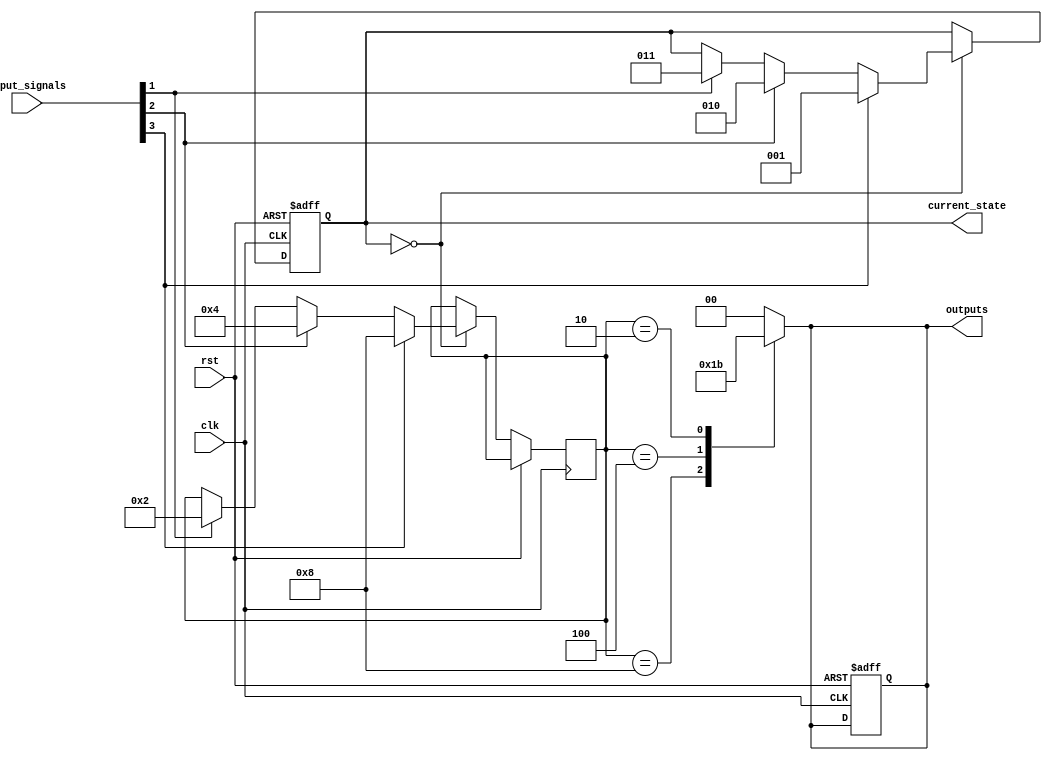
module state_machine (
    input wire clk,
    input wire rst,
    input wire [3:0] input_signals,
    output reg [2:0] current_state,
    output reg [1:0] outputs
);

parameter S0 = 3'b000;
parameter S1 = 3'b001;
parameter S2 = 3'b010;
parameter S3 = 3'b011;

reg [3:0] priority_encoded_input;

always @ (posedge clk or posedge rst) begin
    if (rst) begin
        current_state <= S0;
        outputs <= 2'b00;
    end else begin
        case (current_state)
            S0: begin
                if (input_signals[3] == 1) begin
                    priority_encoded_input <= 4'b1000;
                    current_state <= S1;
                end else if (input_signals[2] == 1) begin
                    priority_encoded_input <= 4'b0100;
                    current_state <= S2;
                end else if (input_signals[1] == 1) begin
                    priority_encoded_input <= 4'b0010;
                    current_state <= S3;
                end
            end
            
            S1: begin
                // define state transitions based on input signals
            end
            
            S2: begin
                // define state transitions based on input signals
            end
            
            S3: begin
                // define state transitions based on input signals
            end
        endcase
    end
end

always @ (*) begin
    case (priority_encoded_input)
        4'b1000: outputs <= 2'b01;
        4'b0100: outputs <= 2'b10;
        4'b0010: outputs <= 2'b11;
        default: outputs <= 2'b00;
    endcase
end

endmodule